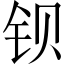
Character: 钡